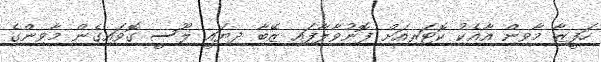
ހަފީޒާ މާވިން އާއެކު ކޮޓަރިއަށް ފޮނުވާލާފައި ޒޭބާ ދިޔައީ ލޫސީ ގޮވައިގެން މާވިންގެ